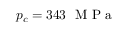
p _ { c } = 3 4 3 ~ \mathrm { ~ M ~ P ~ a ~ }